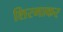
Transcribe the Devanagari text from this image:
शिरमाकर